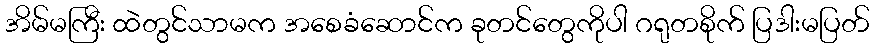
အိမ်မကြီး ထဲတွင်သာမက အစေခံဆောင်က ခုတင်တွေကိုပါ ဂရုတစိုက် ပြဒါးမပြတ်